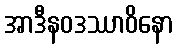
အာဒီနဝဒဿာဝိနော